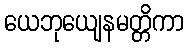
ယေဘုယျေနမတ္တိကာ